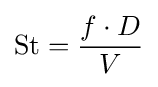
\mathrm {St} ={\frac {f\cdot D}{V}}